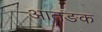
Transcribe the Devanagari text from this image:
आतङक